Indian journal of veterinary science and animal husbandry - Volume 2,
Year: 1932
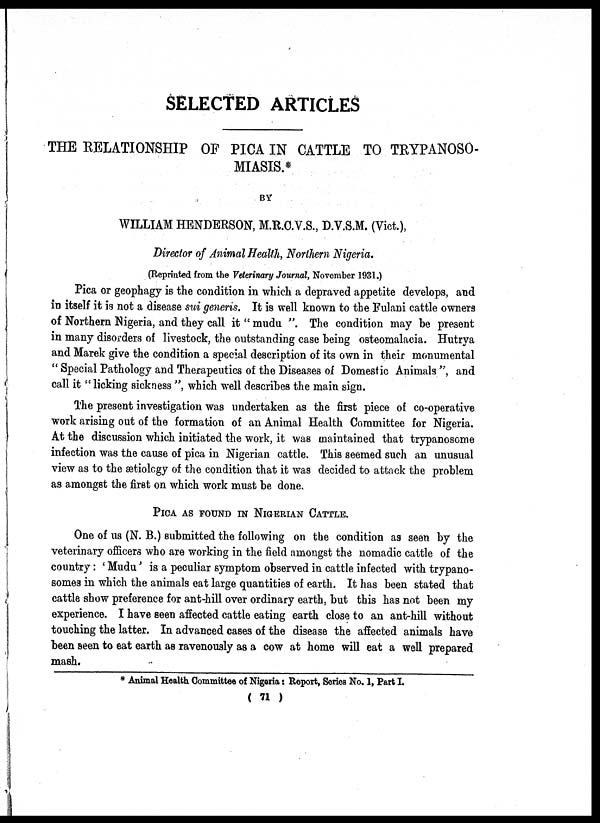
SELECTED ARTICLES
THE RELATIONSHIP OF PICA IN CATTLE TO TRYPANOSO-
MIASIS.*
BY
WILLIAM HENDERSON, M.R.C.V.S., D.V.S.M. (Vict.),
Director of Animal Health, Northern Nigeria.
(Reprinted from the Veterinary Journal, November 1931.)
Pica or geophagy is the condition in which a depraved appetite develops, and
in itself it is not a disease sui generis. It is well known to the Fulani cattle owners
of Northern Nigeria, and they call it " mudu ". The condition may be present
in many disorders of livestock, the outstanding case being osteomalacia. Hutrya
and Marek give the condition a special description of its own in their monumental
" Special Pathology and Therapeutics of the Diseases of Domestic Animals ", and
call it "licking sickness ", which well describes the main sign.
The present investigation was undertaken as the first piece of co-operative
work arising out of the formation of an Animal Health Committee for Nigeria.
At the discussion which initiated the work, it was maintained that trypanosome
infection was the cause of pica in Nigerian cattle. This seemed such an unusual
view as to the ætiology of the condition that it was decided to attack the problem
as amongst the first on which work must be done.
PICA AS FOUND IN NIGERIAN CATTLE.
One of us (N. B.) submitted the following on the condition as seen by the
veterinary officers who are working in the field amongst the nomadic cattle of the
country: ' Mudu' is a peculiar symptom observed in cattle infected with trypano-
somes in which the animals eat large quantities of earth. It has been stated that
cattle show preference for ant-hill over ordinary earth, but this has not been my
experience. I have seen affected cattle eating earth close to an ant-hill without
touching the latter. In advanced cases of the disease the affected animals have
been seen to eat earth as ravenously as a cow at home will eat a well prepared
mash.
* Animal Health Committee of Nigeria: Report, Series No. 1, Part I.
( 71 )